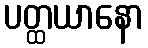
ပတ္ထယာနော